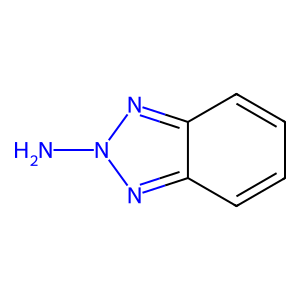
SMILES: Nn1nc2ccccc2n1
Inhibits HIV replication: No